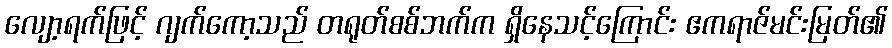
လျော့ရက်ဖြင့် ဂျက်ကော့သည် တရုတ်စစ်ဘက်က ရှိနေသင့်ကြောင်း ဧကရာဇ်မင်းမြတ်၏